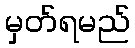
မှတ်ရမည်